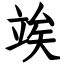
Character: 竢